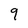
Character: 9